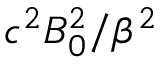
c ^ { 2 } B _ { 0 } ^ { 2 } / \beta ^ { 2 }